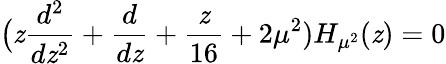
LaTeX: \bigl(\mathit{z}{\frac{{d^{2}}}{{d\mathit{z}^{2}}}}+{\frac{{d}}{{d\mathit{z}}}}+{\frac{{\mathit{z}}}{{16}}}+2\mu^{2})H_{\mu^{2}}(\mathit{z})=0